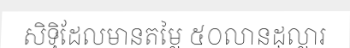
សិទ្ធិដែលមានតម្លៃ ៥០លានដុល្លារ